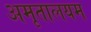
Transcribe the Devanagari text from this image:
अमृतालयम